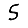
Digit: 5